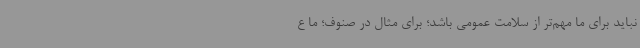
نباید برای ما مهم‌تر از سلامت عمومی باشد؛ برای مثال در صنوف؛ ما ع